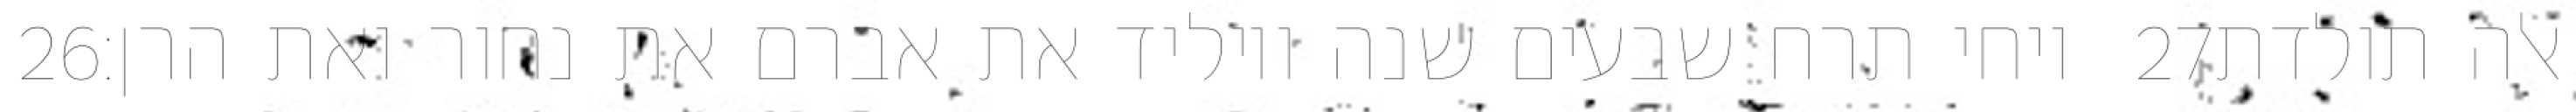
‎26‏ ויחי תרח שבעים שנה ויוליד את אברם את נחור ואת הרן׃ ‎27‏ אלה תולדת